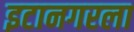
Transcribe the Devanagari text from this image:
इटानगरला